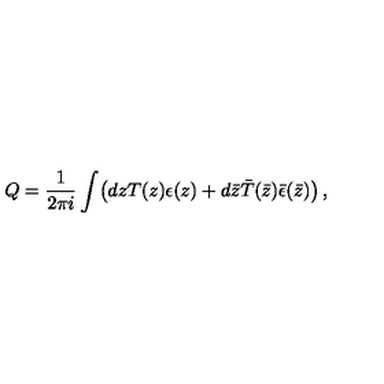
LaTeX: Q = \frac { 1 } { 2 \pi i } \int \! \left( d z T ( z ) \epsilon ( z ) + d \bar { z } \bar { T } ( \bar { z } ) \bar { \epsilon } ( \bar { z } ) \right) ,